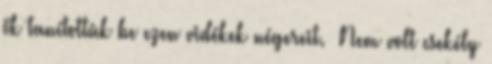
ők tanították be ezen vidékek négereit.» Nem volt csekély